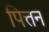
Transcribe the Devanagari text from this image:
पित्तन